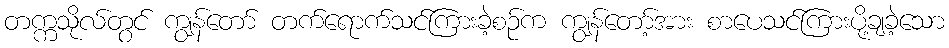
တက္ကသိုလ်တွင် ကျွန်တော် တက်ရောက်သင်ကြားခဲ့စဉ်က ကျွန်တော့်အား စာပေသင်ကြားပို့ချခဲ့သော